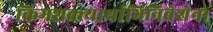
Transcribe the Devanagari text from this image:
किमशक्त्यार्थाभिनिवेशेन।